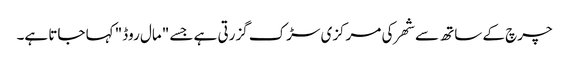
چرچ کے ساتھ سے شھر کی مرکزی سڑک گزرتی ہے جسے "مال روڈ" کہا جاتا ہے۔